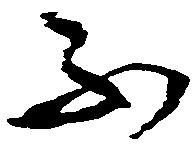
不